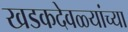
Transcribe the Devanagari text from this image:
खडकदेवळ्यांच्या